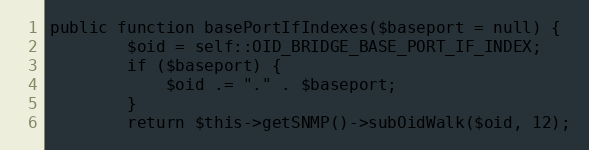
Language: PHP
public function basePortIfIndexes($baseport = null) {
        $oid = self::OID_BRIDGE_BASE_PORT_IF_INDEX;
        if ($baseport) {
            $oid .= "." . $baseport;
        }
        return $this->getSNMP()->subOidWalk($oid, 12);